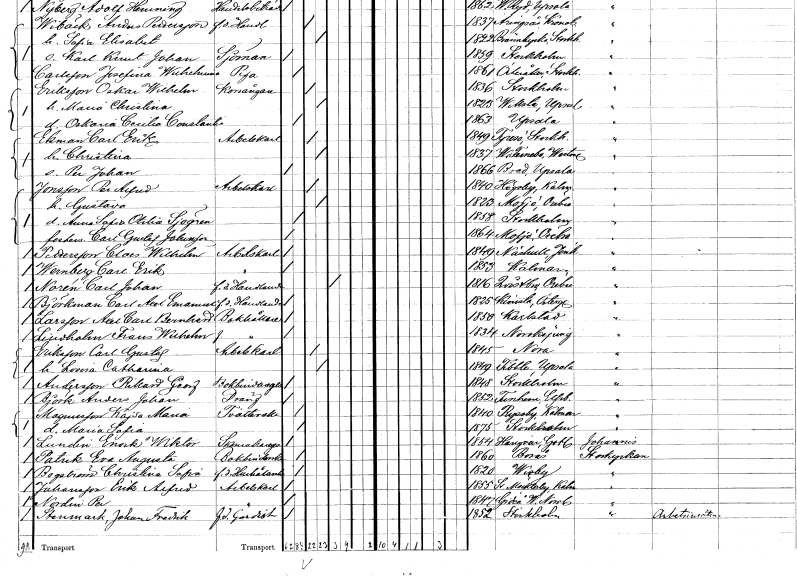
gt_parse: households: individuals: FN: Carl Erik
EN: Ekman
YRKE: Arbetskarl
KON: M
CIV: G
FODAR: 1849
FODFORS: Tyresö Stockholms län
FN: Christina
KON: K
CIV: G
FODAR: 1837
FODFORS: Västerfärnebo Västmanlands län
FN: Per Johan
KON: M
CIV: O
FODAR: 1866
FODFORS: Bred Uppsala län
FN: Per Alfred
EN: Jonsson
YRKE: Arbetskarl
KON: M
CIV: G
FODAR: 1840
FODFORS: Högsby Kalmar län
FN: Gustava
KON: K
CIV: G
FODAR: 1823
FODFORS: Mosjö Örebro län
FN: Anna Sofia Otilia
EN: Sjögren
KON: K
CIV: O
FODAR: 1858
FODFORS: Stockholm
FN: Carl Gustaf
EN: Johnsson
KON: M
CIV: O
FODAR: 1864
FODFORS: Mosjö Örebro län
FN: Claes Wilhelm
EN: Pettersson
YRKE: Arbetskarl
KON: M
CIV: O
FODAR: 1849
FODFORS: Näshult Jönköpings län
FN: Carl Erik
EN: Wernberg
YRKE: Arbetskarl
KON: M
CIV: O
FODAR: 1853
FODFORS: Kalmar Kalmar län
FN: Carl Johan
EN: Norén
YRKE: Handlande f.d.
KON: M
CIV: E
FODAR: 1816
FODFORS: Kvistbro Örebro län
FN: Carl Axel Emanuel
EN: Björkman
YRKE: Handlande f.d.
KON: M
CIV: O
FODAR: 1825
FODFORS: Kimstad Östergötlands län
FN: Axel Carl Bernhard
EN: Larsson
YRKE: Bokhållare
KON: M
CIV: O
FODAR: 1850
FODFORS: Karlstad Värmlands län
FN: Frans Wilhelm
EN: Lindholm
YRKE: Bokhållare
KON: M
CIV: O
FODAR: 1834
FODFORS: Norrköping Östergötlands län
FN: Carl Gustaf
EN: Eriksson
YRKE: Arbetskarl
KON: M
CIV: G
FODAR: 1845
FODFORS: Nora Örebro län
FN: Lovisa Catharina
KON: K
CIV: G
FODAR: 1849
FODFORS: Tibble Uppsala län
FN: Rikard Georg
EN: Andersson
YRKE: Bokbindaregesäll
KON: M
CIV: O
FODAR: 1848
FODFORS: Stockholm
FN: Anders Johan
EN: Björk
YRKE: Dräng
KON: M
CIV: O
FODAR: 1852
FODFORS: Tunhem Älvsborgs län
FN: Kajsa Maria
EN: Magnusson
YRKE: Tvätterska
KON: K
CIV: O
FODAR: 1840
FODFORS: Ryssby Kalmar län
FN: Maria Sofia
KON: K
CIV: O
FODAR: 1875
FODFORS: Stockholm
FN: Enok Wiktor
EN: Lundin
YRKE: Skomakaregesäll
KON: M
CIV: O
FODAR: 1854
FODFORS: Hangvar Gotlands län
FN: Eva Augusta
EN: Patrik
YRKE: Bokbinderska
KON: K
CIV: O
FODAR: 1860
FODFORS: Borås Älvsborgs län
FN: Christina Sofia
EN: Bogström
YRKE: Hushållerska f.d.
KON: K
CIV: O
FODAR: 1820
FODFORS: Visby Gotlands län
FN: Erik Alfred
EN: Johansson
YRKE: Arbetskarl
KON: M
CIV: O
FODAR: 1855
FODFORS: Södra Möckleby Kalmar län
FN: Per
EN: Nordin
YRKE: Arbetskarl
KON: M
CIV: O
FODAR: 1847
FODFORS: Gideå Västernorrlands län
FN: Johan Fredrik
EN: Stenmark
YRKE: Gardist f.d.
KON: M
CIV: O
FODAR: 1852
FODFORS: Stockholm